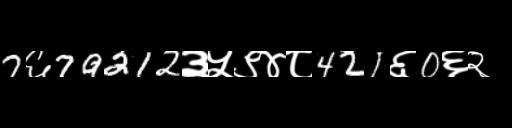
Text: 7६79212३५९४८421६0६२